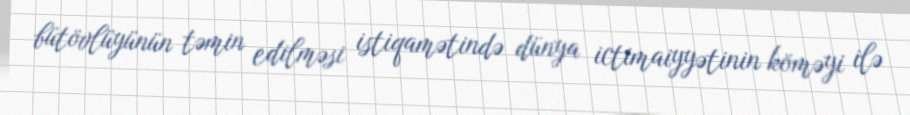
bütövlüyünün təmin edilməsi istiqamətində dünya ictimaiyyətinin köməyi ilə